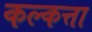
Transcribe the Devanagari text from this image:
कल्कत्ता